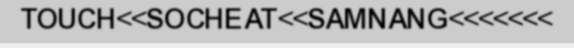
TOUCH<<SOCHEAT<<SAMNANG<<<<<<<